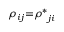
{ \rho _ { i j } } \mathrm { { = } } { \rho ^ { * } } _ { j i }